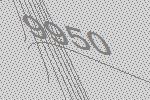
9950